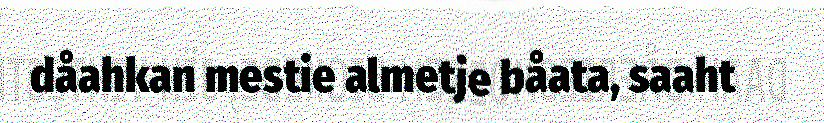
dåahkan mestie almetje båata, saaht